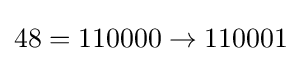
48=110000\rightarrow 110001